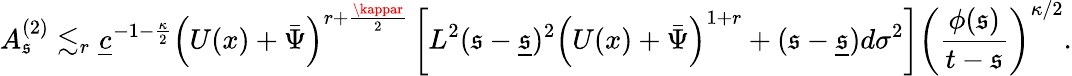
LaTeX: A_{\mathfrak{s}}^{(2)}\lesssim_{r}\underline{{{c}}}^{-1-\frac{{\kappa}}{{2}}}\left(U(x)+\bar{{\Psi}}\right)^{r+\frac{{\kappar}}{{2}}}\left[L^{2}(\mathfrak{s}-\underline{{{\mathfrak{s}}}})^{2}\left(U(x)+\bar{{\Psi}}\right)^{1+r}+(\mathfrak{s}-\underline{{{\mathfrak{s}}}})d\sigma^{2}\right]\left(\frac{{\phi(\mathfrak{s})}}{{t-\mathfrak{s}}}\right)^{\kappa/2}.